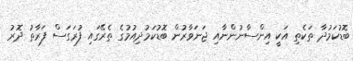
ބޮޑުކަމުދާ ތަކެތި އަކީ އިންސާނުންނާއި ޖަނަވާރުން ބޮޑުކަމުދިއުމުގެ ތެރޭގައި ފުރަގަސް ފަރާތު ދޮރު